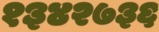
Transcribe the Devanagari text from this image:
१३४२७३६